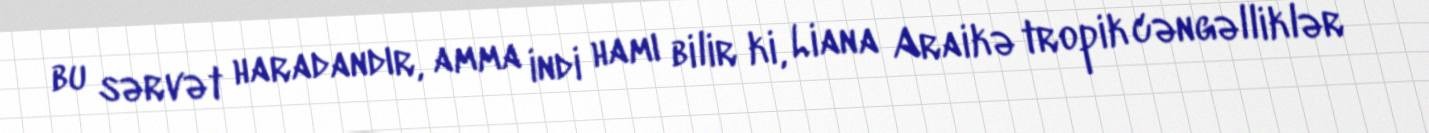
bu sərvət haradandır, amma indi hamı bilir ki, Liana Araikə tropik cəngəlliklər